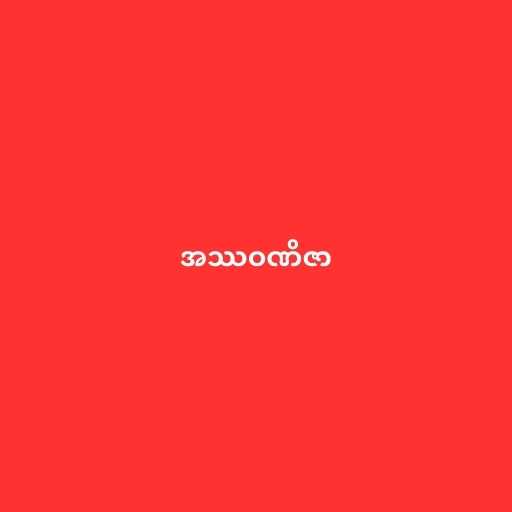
အဿဝဏိဇာ